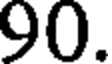
90.